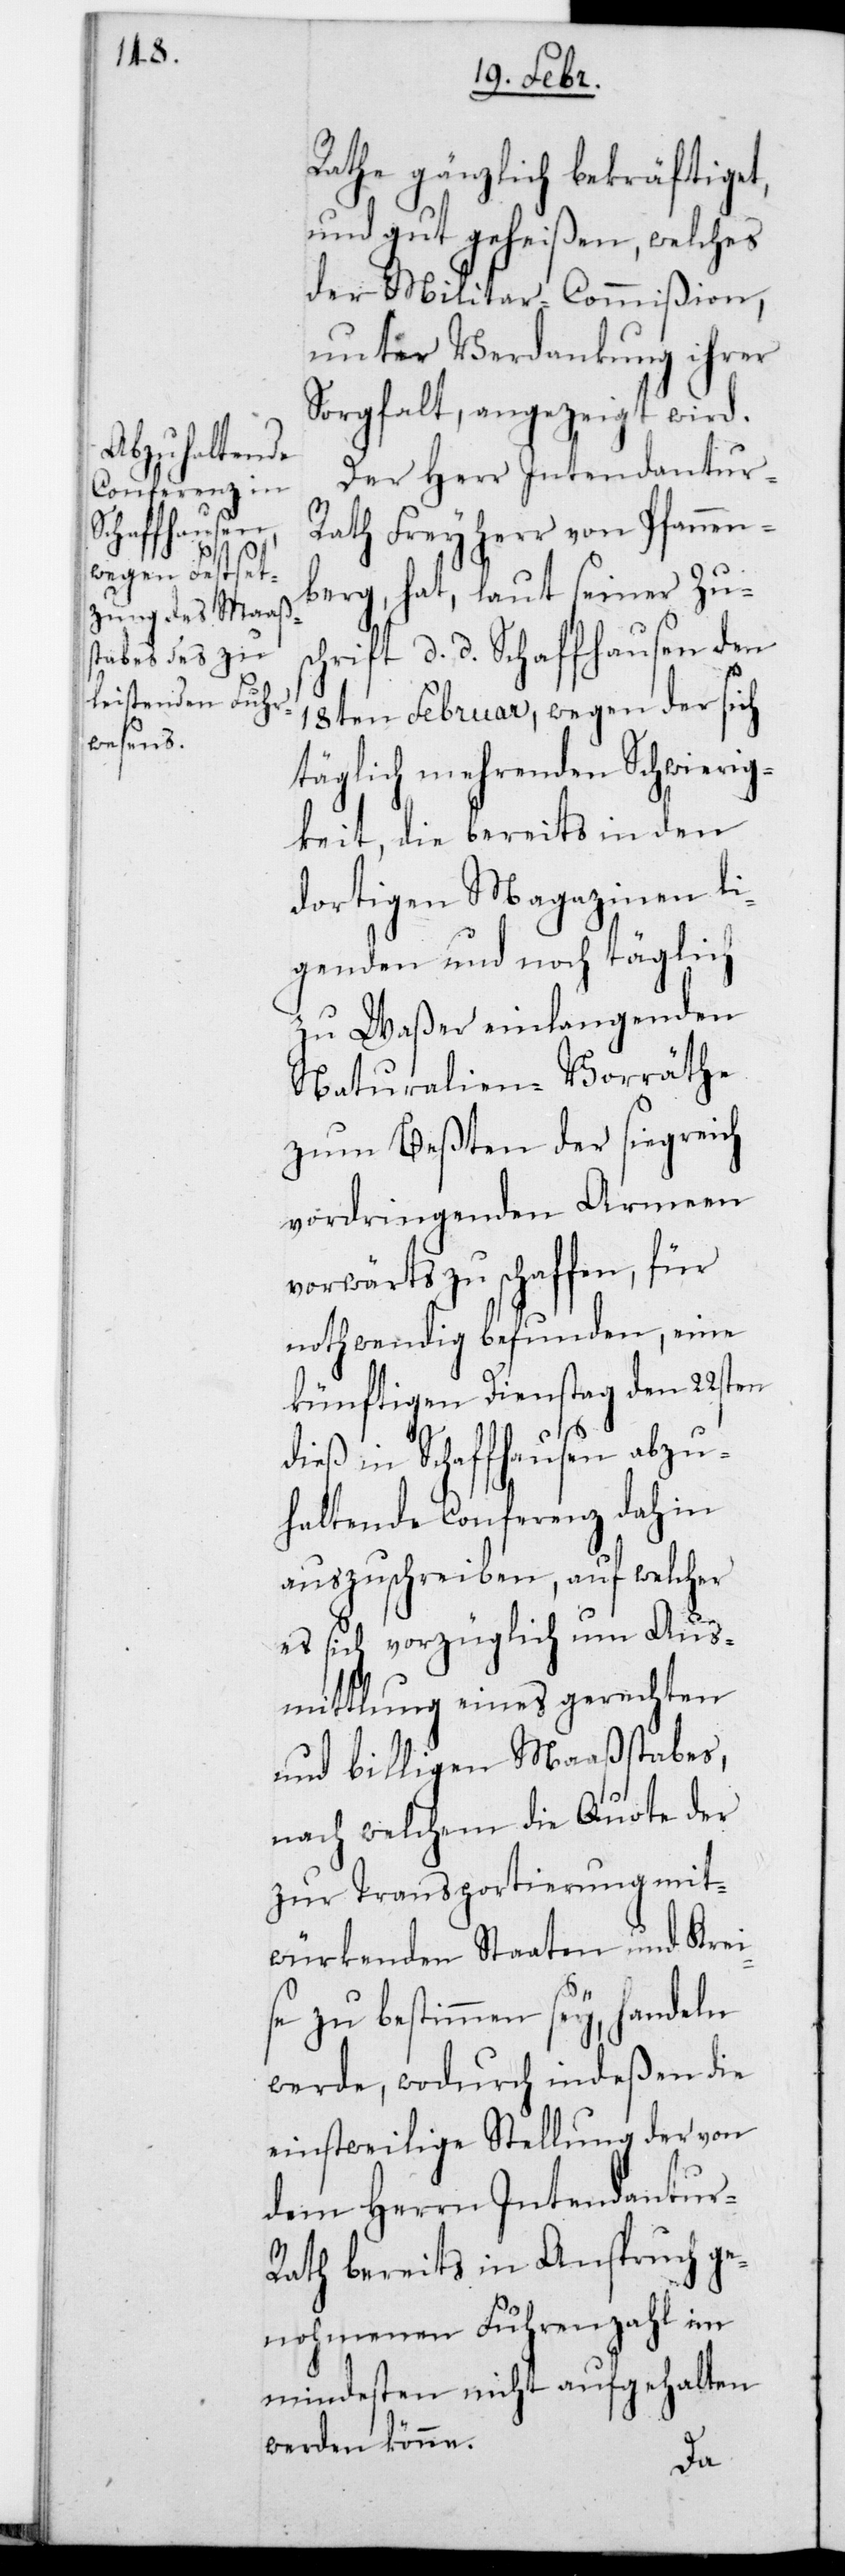
Rathe gänzlich bekräftiget
und gutgeheißen, welches
der Militar-Commißion
unter Verdankung ihrer
Sorgfalt, angezeigt wird.
Der Herr Intendantur-R¬
ath Freiherr von Pfannen¬
berg hat, laut seiner Zus¬
chrift, d. d. Schaffhausen den
18ten Februar, wegen der sich
täglich mehrenden Schwierig¬
keit, die bereits in den
dortigen Magazinen li¬
genden und noch täglich
zu Waßer einlangenden
Naturalien-Vorräthe
zum Beßten der siegreich
vordringenden Armeen
vorwärts zu schaffen, für
nothwendig befunden, eine
künftigen Dienstag den 22sten
dieß in Schaffhausen abzu¬
haltende Conferenz dahin
auszuschreiben, auf welcher
es sich vorzüglich um Aus¬
mittlung eines gerechten
und billigen Maaßstabes,
nach welchem die Quote der
zur Transportierung mit¬
würkenden Staaten und Krei¬
se zu bestimmen sey, handeln
werde, wodurch indeßen die
einstweilige Stellung der von
dem Herrn Intendantur-R¬
ath bereits in Anspruch ge¬
nohmenen Fuhrenzahl im
Mindesten nicht aufgehalten
werden könne.